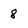
Character: 8